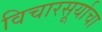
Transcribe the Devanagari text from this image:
विचारसूर्याचा